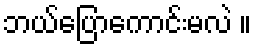
ဘယ်ပြောကောင်းမလဲ ။